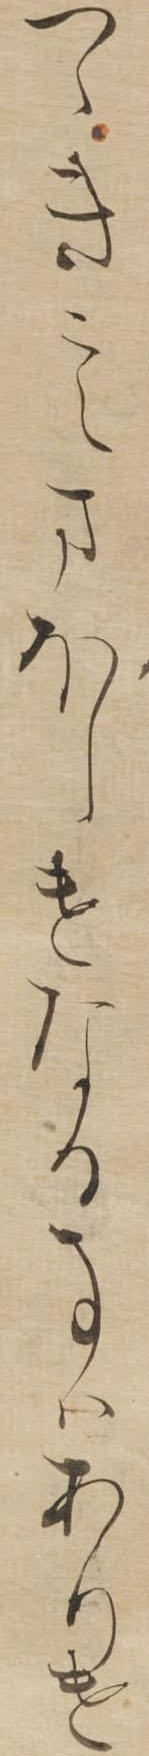
つゝきこえまほしけなる事はありけ